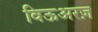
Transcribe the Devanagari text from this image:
विऊअरज़